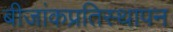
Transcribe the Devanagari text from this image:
बीजांकप्रतिस्थापन